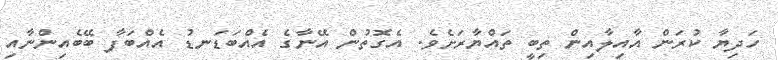
ހަދިޔާ ކުރަން އާއިލާއިން ތިބީ ތައްޔާރަށެވެ. އެގޮތުން އޭނާގެ އެއްބަޑަނޑު އެއްބަފާ ބޭބެއިންނާއި